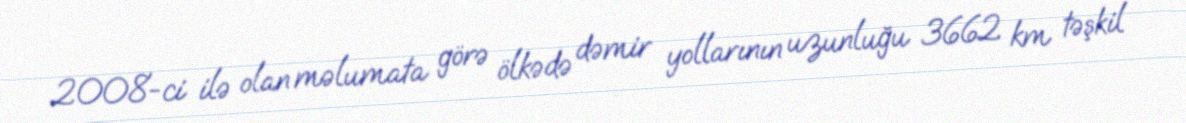
2008-ci ilə olan məlumata görə ölkədə dəmir yollarının uzunluğu 3662 km təşkil